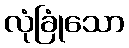
လုံခြုံသော